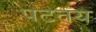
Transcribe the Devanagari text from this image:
पटतंय